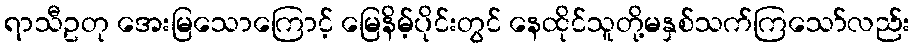
ရာသီဥတု အေးမြသောကြောင့် မြေနိမ့်ပိုင်းတွင် နေထိုင်သူတို့မနှစ်သက်ကြသော်လည်း